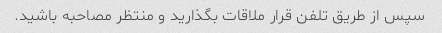
سپس از طریق تلفن قرار ملاقات بگذارید و منتظر مصاحبه باشید.